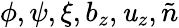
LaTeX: \phi,\psi,\xi,b_{z},\mathit{u}_{z},\tilde{{n}}